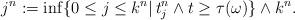
LaTeX: \begin{align*} j^n:=\inf \{0\leq j\leq k^n|\, t_j^n\wedge t \geq \tau(\omega)\} \wedge k^n. \end{align*}